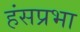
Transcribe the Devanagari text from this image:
हंसप्रभा